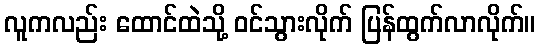
လူကလည်း ထောင်ထဲသို့ ဝင်သွားလိုက် ပြန်ထွက်လာလိုက်။